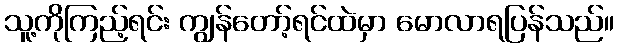
သူ့ကိုကြည့်ရင်း ကျွန်တော့်ရင်ထဲမှာ မောလာရပြန်သည်။